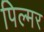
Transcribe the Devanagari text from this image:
पिल्मर